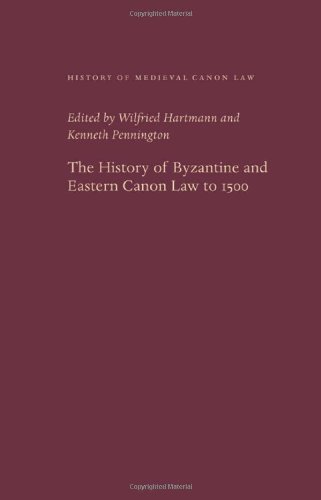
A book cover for The History of Byzantine and Eastern Canon Law to 1500 (History of Medieval Canon Law); Wilfried Hartman; Christian Books & Bibles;